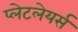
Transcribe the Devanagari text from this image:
प्लेटलेयर्स